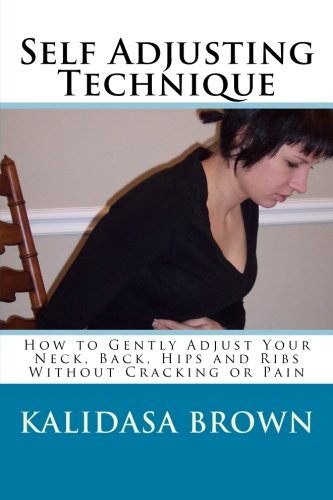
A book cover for Self Adjusting Technique: How to Gently Adjust Your Neck, Back, Hips and Ribs; Kalidasa Brown; Health, Fitness & Dieting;